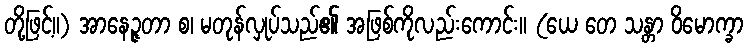
တို့ဖြင့်။) အာနေဉ္ဇတာ စ၊ မတုန်လှုပ်သည်၏ အဖြစ်ကိုလည်းကောင်း။ (ယေ တေ သန္တာ ဝိမောက္ခာ